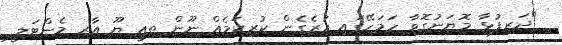
"ދަރިފުޅާ މޮޔަނުގޮވާ ހަމަހޭގައި ހުރެގެން ކުރިކަމެއް ނޫން ތިއީ ޔޫ އާރ މެންޓަލީ